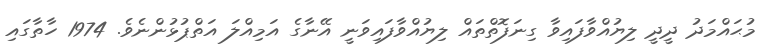
މުޙައްމަދު ދީދީ ލިޔުއްވާފައިވާ ގިނަފޮތްތައް ލިޔުއްވާފައިވަނީ އޭނާގެ އަމިއްލަ އަތްޕުޅުންނެވެ. 1974 ހާތާގައި